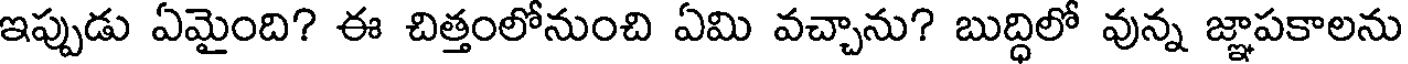
ఇప్పుడు ఏమైంది? ఈ చిత్తంలోనుంచి ఏమి వచ్చాను? బుద్ధిలో వున్న జ్ఞాపకాలను